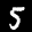
Label: 5